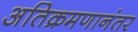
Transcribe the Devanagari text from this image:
अतिक्रमणानंतर